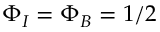
\Phi _ { I } = \Phi _ { B } = 1 / 2